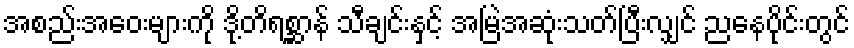
အစည်းအဝေးများကို ဒို့တိရစ္ဆာန် သီချင်းနှင့် အမြဲအဆုံးသတ်ပြီးလျှင် ညနေပိုင်းတွင်